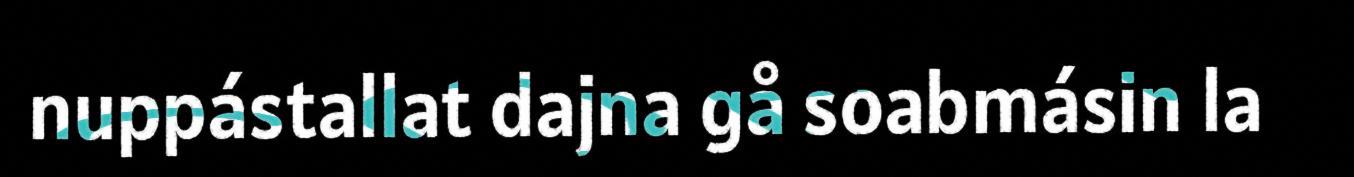
nuppástallat dajna gå soabmásin la